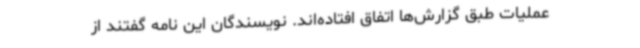
عملیات طبق گزارش‌ها اتفاق افتاده‌اند. نویسندگان این نامه گفتند از